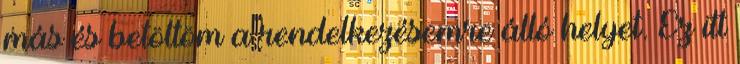
más és betöltöm a rendelkezésemre álló helyet. Ez itt